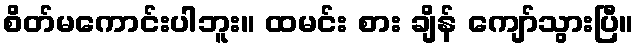
စိတ်မကောင်းပါဘူး။ ထမင်း စား ချိန် ကျော်သွားပြီ။